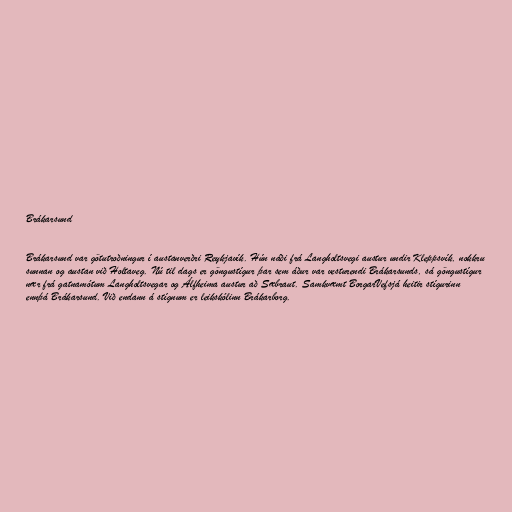
Brákarsund

Brákarsund var götutroðningur í austanverðri Reykjavík. Hún náði frá Langholtsvegi austur undir Kleppsvík, nokkru
sunnan og austan við Holtaveg. Nú til dags er göngustígur þar sem áður var vesturendi Brákarsunds, sá göngustígur
nær frá gatnamótum Langholtsvegar og Álfheima austur að Sæbraut. Samkvæmt BorgarVefsjá heitir stígurinn
ennþá Brákarsund. Við endann á stígnum er leikskólinn Brákarborg.